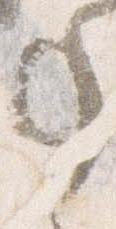
事